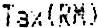
TAX(RM)